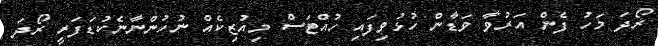
ރޯދަ މަހު ފެން އަރުވާ ވަޑާން ހުޅުވިފައި ހުއްޓަސް މިއުޒިކެއް ނުހުންނާނެކުޑަފަރީ ރޯދަ